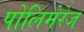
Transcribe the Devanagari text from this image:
पोलिमेरेज